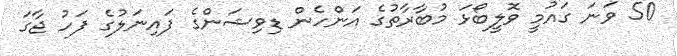
50 ވަނަ ގައުމީ ވޮލީބޯޅަ މުބާރާތުގެ އަންހެން ޑިވިޝަންގެ ފައިނަލުގެ ފަހު ޖާގަ